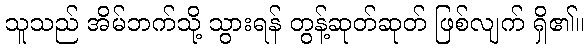
သူသည် အိမ်ဘက်သို့ သွားရန် တွန့်ဆုတ်ဆုတ် ဖြစ်လျက် ရှိ၏။